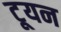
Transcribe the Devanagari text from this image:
टूयन